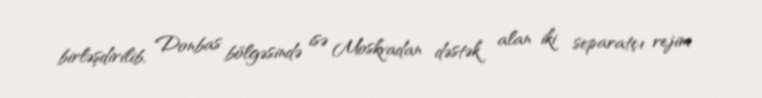
birləşdirilib, Donbas bölgəsində isə Moskvadan dəstək alan iki separatçı rejim